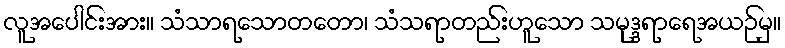
လူအပေါင်းအား။ သံသာရသောတတော၊ သံသရာတည်းဟူသော သမုဒ္ဒရာရေအယဉ်မှ။